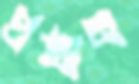
প্রষ্ঠান